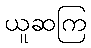
ယူဆကြ